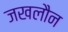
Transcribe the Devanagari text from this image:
जखलौन